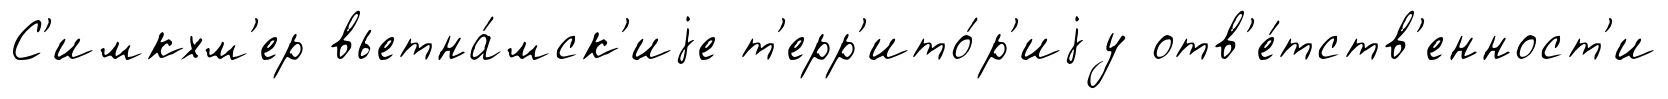
С'имкхм'ер вьетна́мск'иjе т'ерр'ито́р'иjу отв'е́тств'енност'и